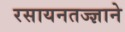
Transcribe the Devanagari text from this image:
रसायनतज्ज्ञाने